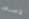
وصيفة